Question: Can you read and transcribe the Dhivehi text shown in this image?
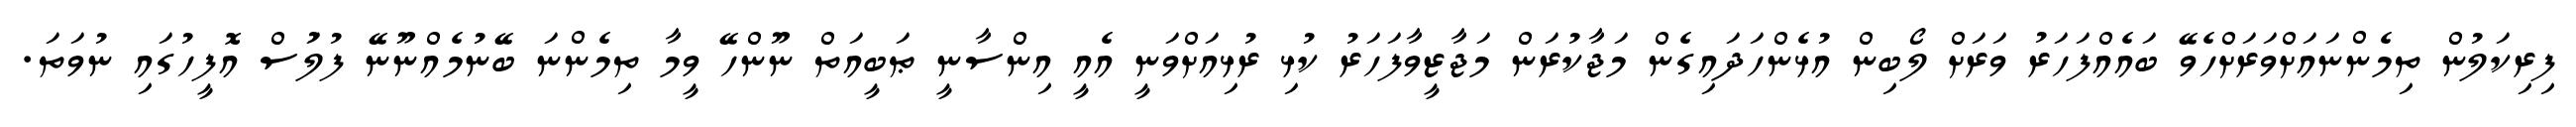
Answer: ފިރިކަލުން ތިމެންނައަށްވަރަށްހެވޭ ބައެއްފަހަރު ވަރަށް ލޯބިން އުޅެންހަދައިގެން މަޖާކުރަން މަޖާޒީވާފަހަރު ކުޅި ރުޅިއަށްވަނީ އެއީ އިންސާނީ ޠަބީއަތް ނޫންހޭ ވީމާ ތިމެންނަ ބޭނުމެއްނޫނޭ ފުލުަސް އޮފީހުގައި ނުވަތަ.